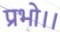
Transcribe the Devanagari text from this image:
प्रभो।।